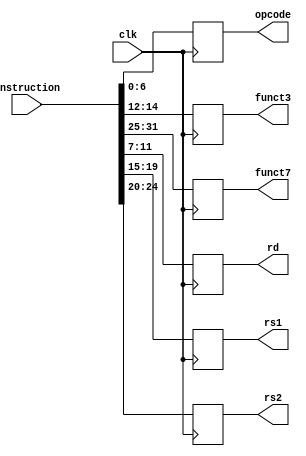
module instructionDivision(
    input wire clk,
    input wire [31:0] instruction,
    output reg [6:0] opcode, 
    output reg [2:0] funct3,
    output reg [6:0] funct7,
    output reg [4:0] rd,
    output reg [4:0] rs1,
    output reg [4:0] rs2
    );
    always @(posedge clk) begin
        opcode = instruction[6:0];
        funct3 = instruction[14:12];
        funct7 = instruction[31:25];
        rd = instruction[11:7];
        rs1 = instruction[19:15];
        rs2 = instruction[24:20];

    end 
endmodule